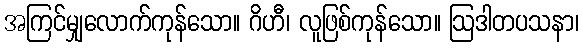
အကြင်မျှလောက်ကုန်သော။ ဂိဟီ၊ လူဖြစ်ကုန်သော။ ဩဒါတပသနာ၊